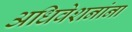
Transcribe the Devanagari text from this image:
अधिवेशनांना